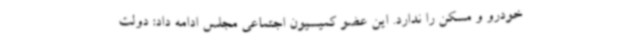
خودرو و مسکن را ندارد. این عضو کمیسیون اجتماعی مجلس ادامه داد: دولت